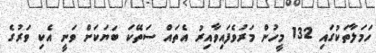
ހަމަލާތަކުގައި 132 މީހުން މަރުވެފައިވާއިރު އެތައް ސަތޭކަ ބަޔަކަށް ވަނީ އެކި ވަރުގެ